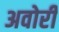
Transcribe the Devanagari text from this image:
अवोरी